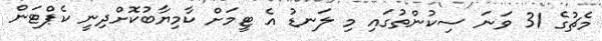
މެޗުގެ 31 ވަނަ ސިކުންތުގައި މި ލަނޑު އެ ޓީމަށް ކާމިޔާބުކޮށްދިނީ ކެޕްޓަން